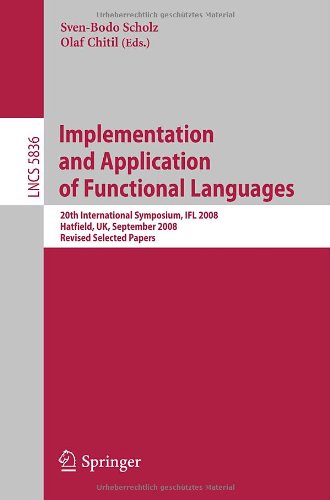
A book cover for Implementation and Application of Functional Languages: 20th International Symposium, IFL 2008, Hatfield, UK, September 10-12, 2008. Revised Selected Papers (Lecture Notes in Computer Science); Computers & Technology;